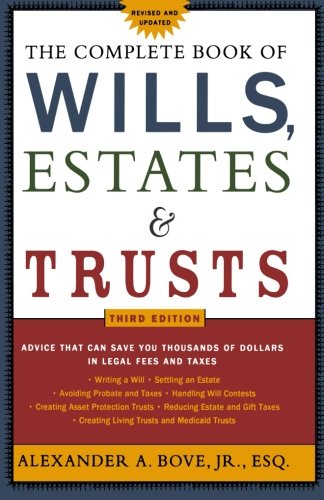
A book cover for The Complete Book of Wills, Estates & Trusts; Alexander A. Bove; Law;